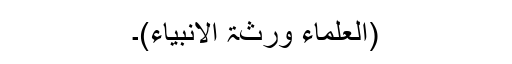
(العلماء ورثۃ الانبیاء)۔